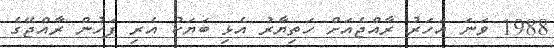
1988 ވަަނަ އަހަރު ރާއްޖެއަށް ހަތިޔާރު އެޅި ބަޔަކު އެރި ފަހުން ރާއްޖޭގެ